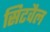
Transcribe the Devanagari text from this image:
सिटवैल